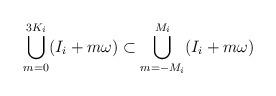
LaTeX: \begin{align*}\bigcup \limits_{m = 0}^{3K_i} (I_i + m\omega) \subset \bigcup \limits_{m = -M_i}^{M_i} (I_i + m\omega)\end{align*}